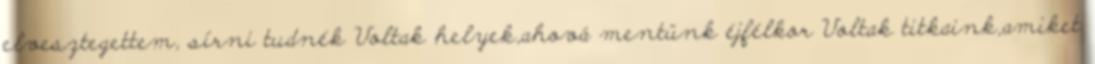
elvesztegettem, sírni tudnék Voltak helyek,ahová mentünk éjfélkor Voltak titkaink,amiket